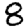
Digit: 8